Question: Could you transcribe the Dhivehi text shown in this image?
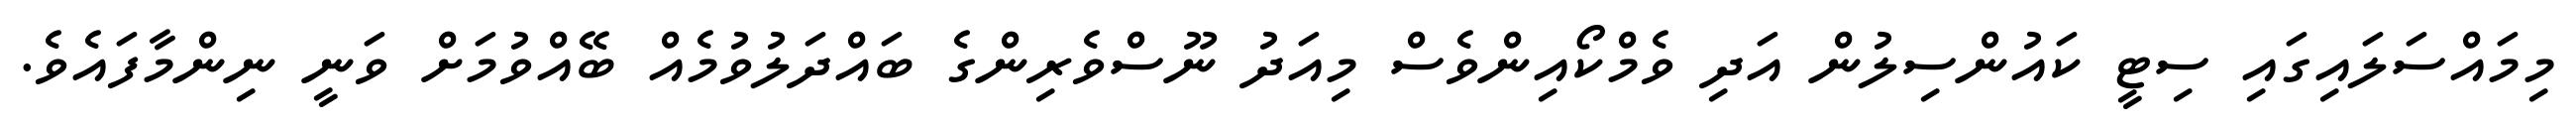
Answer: މިމައްސަލައިގައި ސިޓީ ކައުންސިލުން އަދި ވެމްކޯއިންވެސް މިއަދު ނޫސްވެރިންގެ ބައްދަލުވުމެއް ބޭއްވުމަށް ވަނީ ނިންމާފައެވެ.